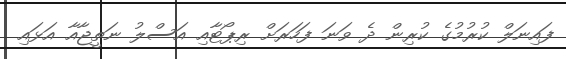
ފައިނަލް ކުރުމުގެ ކުރިން ދެ ވަނަ ފަހަރަށް ރިޕޯޓާއި އަސްލު ނަތީޖާއާ އަޅައި